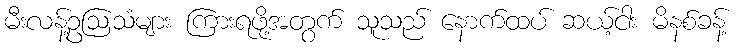
မီးလန့်ဥဩသံများ ကြားရဖို့အတွက် သူသည် နောက်ထပ် ဆယ့်ငါး မိနစ်ခန့်